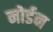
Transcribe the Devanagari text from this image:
नोर्डन